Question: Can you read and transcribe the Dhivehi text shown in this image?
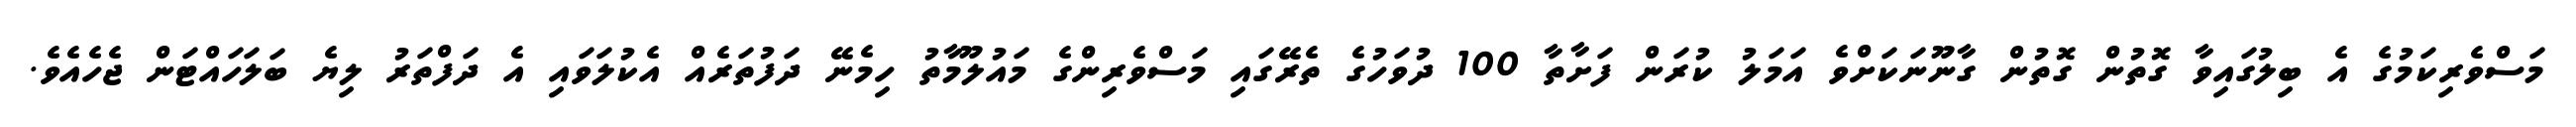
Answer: މަސްވެރިކަމުގެ އެ ބިލުގައިވާ ގޮތުން ގޮތުން ގާނޫނަކަށްވެ އަމަލު ކުރަން ފަށާތާ 100 ދުވަހުގެ ތެރޭގައި މަސްވެރިންގެ މައުލޫމާތު ހިމެނޭ ދަފުތަރެއް އެކުލަވައި އެ ދަފްތަރު ލިޔެ ބަލަހައްޓަން ޖެހެއެވެ.